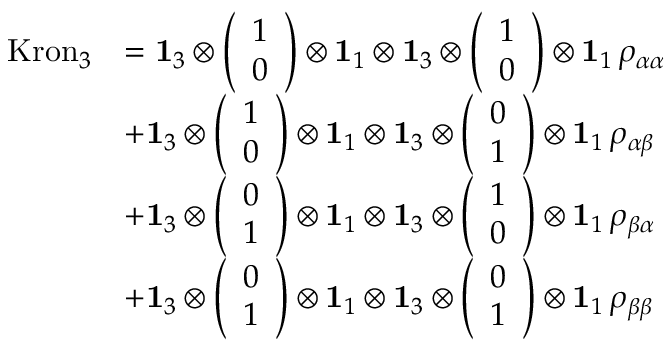
\begin{array} { r l } { \mathrm { K r o n } _ { 3 } } & { = \mathbf { 1 } _ { 3 } \otimes \left( \begin{array} { l } { 1 } \\ { 0 } \end{array} \right) \otimes \mathbf { 1 } _ { 1 } \otimes \mathbf { 1 } _ { 3 } \otimes \left( \begin{array} { l } { 1 } \\ { 0 } \end{array} \right) \otimes \mathbf { 1 } _ { 1 } \, \rho _ { \alpha \alpha } } \\ & { + \mathbf { 1 } _ { 3 } \otimes \left( \begin{array} { l } { 1 } \\ { 0 } \end{array} \right) \otimes \mathbf { 1 } _ { 1 } \otimes \mathbf { 1 } _ { 3 } \otimes \left( \begin{array} { l } { 0 } \\ { 1 } \end{array} \right) \otimes \mathbf { 1 } _ { 1 } \, \rho _ { \alpha \beta } } \\ & { + \mathbf { 1 } _ { 3 } \otimes \left( \begin{array} { l } { 0 } \\ { 1 } \end{array} \right) \otimes \mathbf { 1 } _ { 1 } \otimes \mathbf { 1 } _ { 3 } \otimes \left( \begin{array} { l } { 1 } \\ { 0 } \end{array} \right) \otimes \mathbf { 1 } _ { 1 } \, \rho _ { \beta \alpha } } \\ & { + \mathbf { 1 } _ { 3 } \otimes \left( \begin{array} { l } { 0 } \\ { 1 } \end{array} \right) \otimes \mathbf { 1 } _ { 1 } \otimes \mathbf { 1 } _ { 3 } \otimes \left( \begin{array} { l } { 0 } \\ { 1 } \end{array} \right) \otimes \mathbf { 1 } _ { 1 } \, \rho _ { \beta \beta } } \end{array}